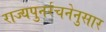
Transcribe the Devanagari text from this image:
राज्यपुनर्रचनेनुसार